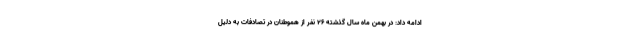
ادامه داد: در بهمن ماه سال گذشته ۲۶ نفر از هموطنان در تصادفات به دلیل